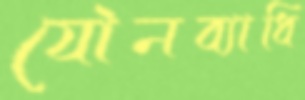
যৌনব্যাধি